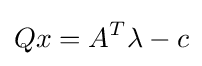
Qx=A^{T}{\lambda }-c